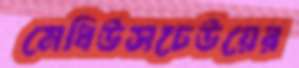
মেধিউসঢেউয়ের